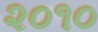
૨૦૧૦